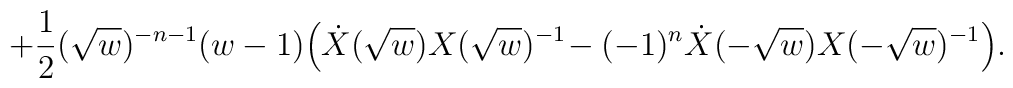
+ {1\over 2} (\sqrt{w})^{-n -1} (w - 1) \Big(\dot X (\sqrt{w}) X(\sqrt{w})^{-1}\! - (-1)^n \dot X (-\sqrt{w}) X (-\sqrt{w})^{-1} \Big).